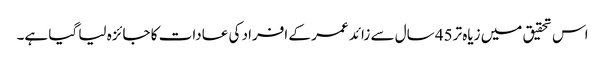
اس تحقیق میں زیاہ تر45 سال سے زائد عمر کے افراد کی عادات کا جائزہ لیا گیا ہے۔